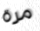
مرة